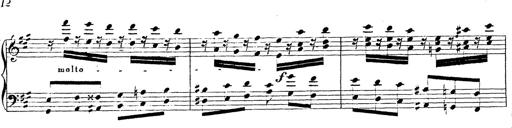
Title: Chanson bohÃ©mienne
Composer: Franz Liszt